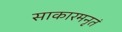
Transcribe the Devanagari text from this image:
साकारमनृतं